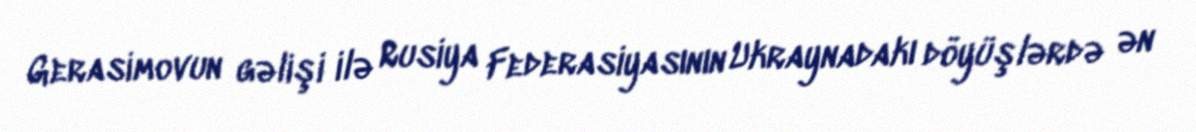
Gerasimovun gəlişi ilə Rusiya Federasiyasının Ukraynadakı döyüşlərdə ən